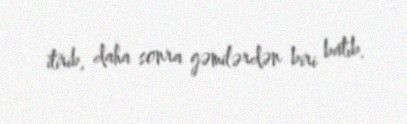
itirib, daha sonra gəmilərdən biri batıb.